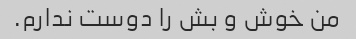
من خوش و بش را دوست ندارم.